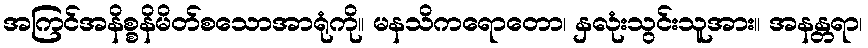
အကြင်အနိစ္စနိမိတ်စသောအာရုံကို။ မနသိကရောတော၊ နှလုံးသွင်းသူအား။ အနန္တရာ၊